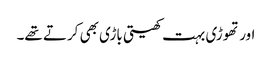
اور تھوڑی بہت کھیتی باڑی بھی کرتے تھے۔